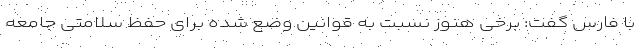
با فارس گفت: برخی هنوز نسبت به قوانین وضع شده برای حفظ سلامتی جامعه